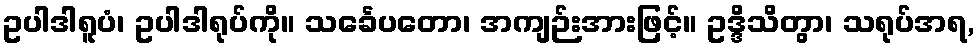
ဥပါဒါရူပံ၊ ဥပါဒါရုပ်ကို။ သင်္ခေပတော၊ အကျဉ်းအားဖြင့်။ ဥဒ္ဒိသိတွာ၊ သရုပ်အရ,